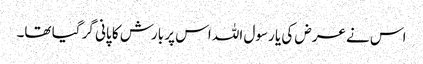
اس نے عرض کی یا رسول اللہ اس پر بارش کا پانی گر گیا تھا۔